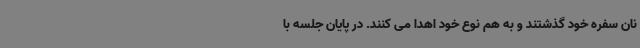
نان سفره خود گذشتند و به هم نوع خود اهدا می کنند. در پایان جلسه با